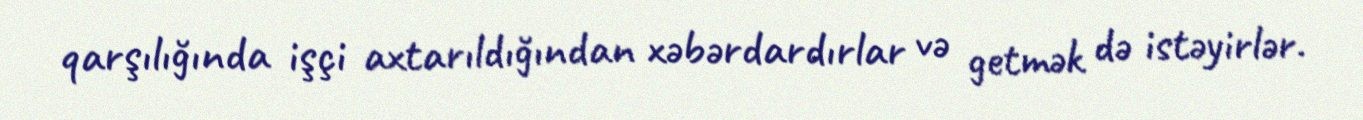
qarşılığında işçi axtarıldığından xəbərdardırlar və getmək də istəyirlər.